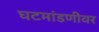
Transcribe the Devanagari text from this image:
घटमांडणीवर